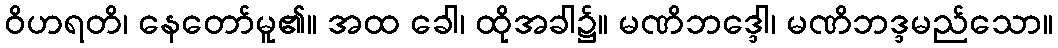
ဝိဟရတိ၊ နေတော်မူ၏။ အထ ခေါ၊ ထိုအခါ၌။ မဏိဘဒ္ဒေါ၊ မဏိဘဒ္ဒမည်သော။